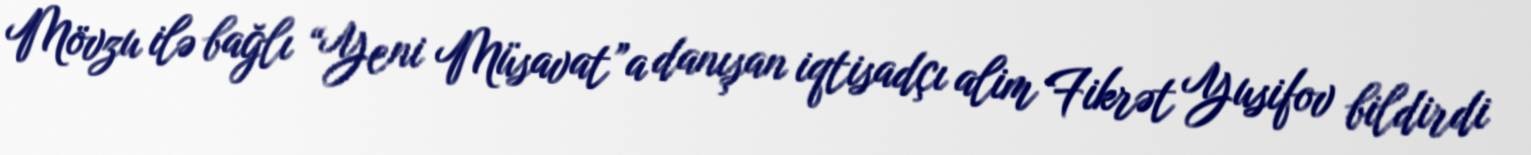
Mövzu ilə bağlı “Yeni Müsavat”a danışan iqtisadçı alim Fikrət Yusifov bildirdi